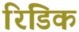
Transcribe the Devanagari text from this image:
रिडिक